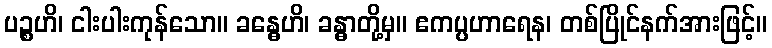
ပဉ္စဟိ၊ ငါးပါးကုန်သော။ ခန္ဓေဟိ၊ ခန္ဓာတို့မှ။ ဧကပ္ပဟာရေန၊ တစ်ပြိုင်နက်အားဖြင့်။